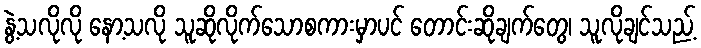
နွဲ့သလိုလို နော့သလို သူဆိုလိုက်သောစကားမှာပင် တောင်းဆိုချက်တွေ၊ သူလိုချင်သည့်